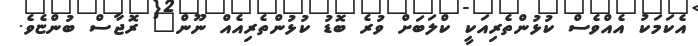
އެކަމަކު އެއްވެސް ކުޅުންތެރިއަކީ ކްލަބަށް ވުރެ ބޮޑު ކުޅުންތެރިއެއް ނޫން" ރޮޖާސް ބުންޏެވެ.